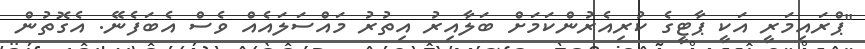
"ޕްރައިމަރީ އަކީ ޕާޓީގެ ކުރިއެރުންކަމަށް ބަލާއިރު އިތުރު މައްސަލައެއް ވެސް އެބަފެނޭ. އެގޮތުން